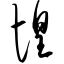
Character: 惶